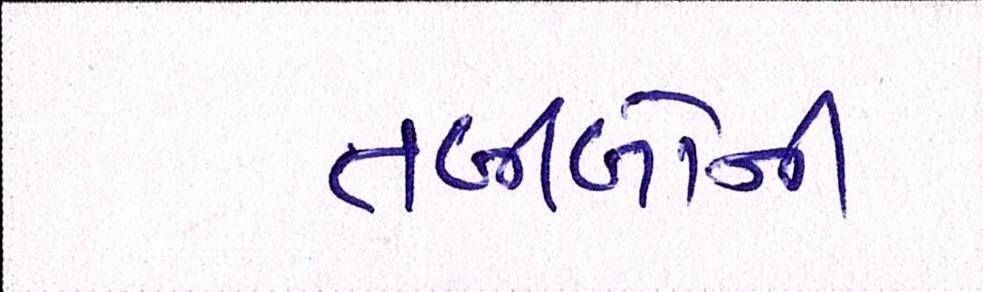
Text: તબીબોની